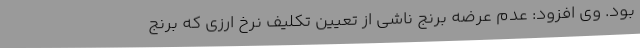
بود. وی افزود: عدم عرضه برنج ناشی از تعیین تکلیف نرخ ارزی که برنج